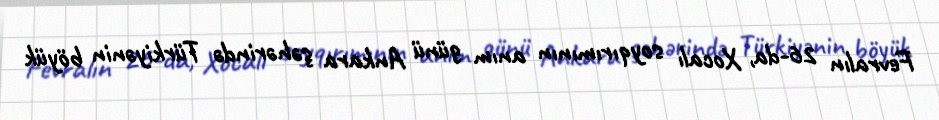
Fevralın 26-da, Xocalı soyqırımının anım günü Ankara şəhərində Türkiyənin böyük